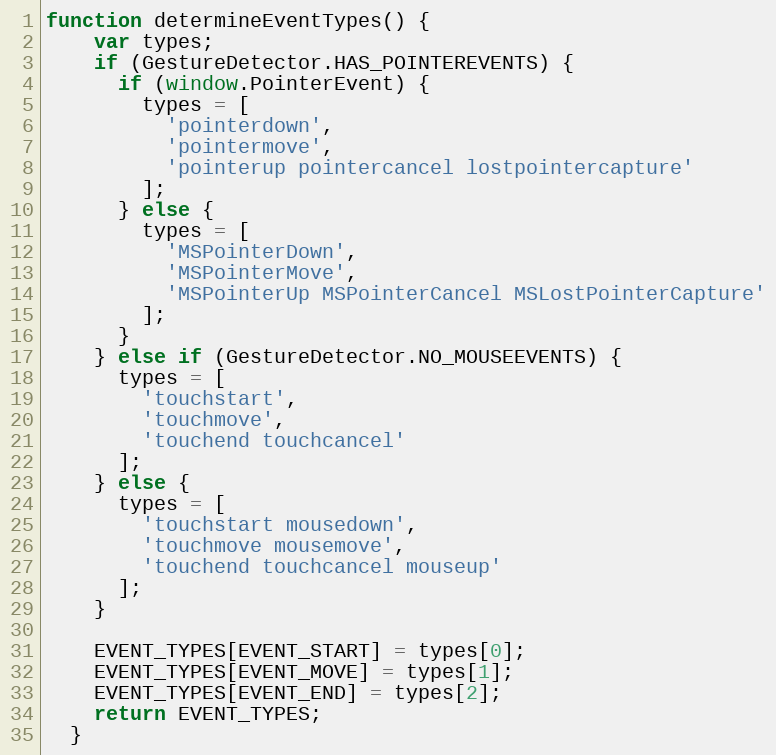
Language: JavaScript
function determineEventTypes() {
    var types;
    if (GestureDetector.HAS_POINTEREVENTS) {
      if (window.PointerEvent) {
        types = [
          'pointerdown',
          'pointermove',
          'pointerup pointercancel lostpointercapture'
        ];
      } else {
        types = [
          'MSPointerDown',
          'MSPointerMove',
          'MSPointerUp MSPointerCancel MSLostPointerCapture'
        ];
      }
    } else if (GestureDetector.NO_MOUSEEVENTS) {
      types = [
        'touchstart',
        'touchmove',
        'touchend touchcancel'
      ];
    } else {
      types = [
        'touchstart mousedown',
        'touchmove mousemove',
        'touchend touchcancel mouseup'
      ];
    }

    EVENT_TYPES[EVENT_START] = types[0];
    EVENT_TYPES[EVENT_MOVE] = types[1];
    EVENT_TYPES[EVENT_END] = types[2];
    return EVENT_TYPES;
  }